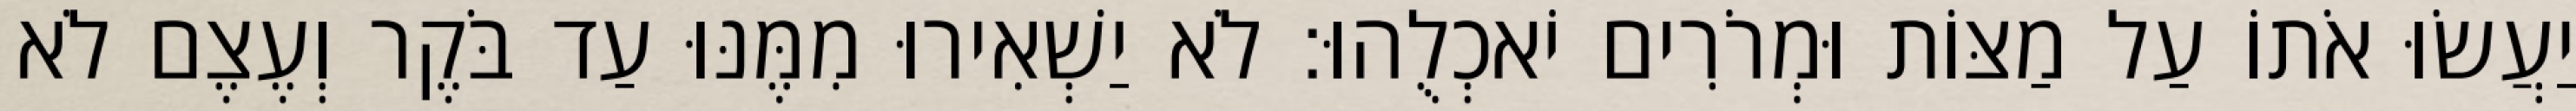
יַעֲשׂוּ אֹתוֹ עַל מַצּוֹת וּמְרֹרִים יֹאכְלֻהוּ׃ לֹא יַשְׁאִירוּ מִמֶּנּוּ עַד בֹּקֶר וְעֶצֶם לֹא